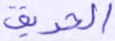
الحريق